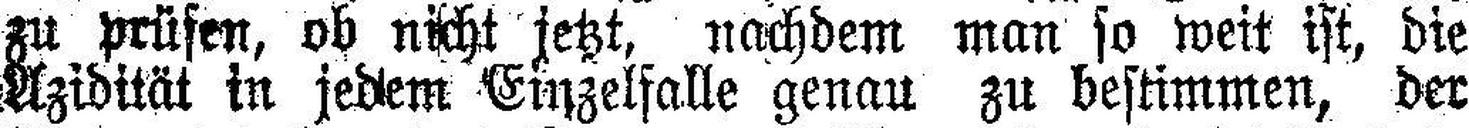
zu prüfen, ob nich setzt, nachdem man so weit ist, die